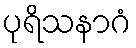
ပုရိသနာဂံ